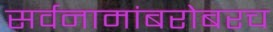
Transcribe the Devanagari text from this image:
सर्वनामांबरोबरच